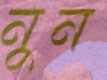
নুন